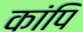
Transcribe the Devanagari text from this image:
कांपि